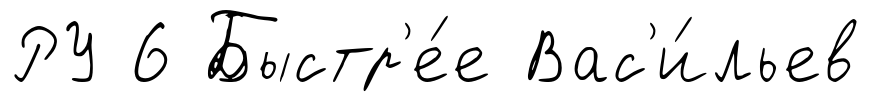
РУ 6 Быстр'е́е Вас'и́льев